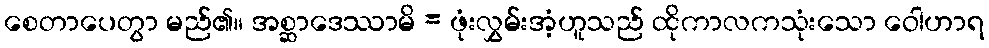
စေတာပေတွာ မည်၏။ အစ္ဆာဒေဿာမိ = ဖုံးလွှမ်းအံ့ဟူသည် ထိုကာလကသုံးသော ဝေါဟာရ